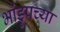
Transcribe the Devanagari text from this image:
भांडुपच्या